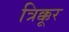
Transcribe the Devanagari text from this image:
त्रिक्कूर